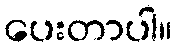
ပေးတာပါ။